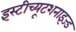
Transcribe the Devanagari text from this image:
इंस्टीच्यूटशनाइज्ड